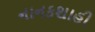
નાનકશાહી